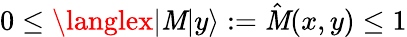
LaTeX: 0\le\langlex|\mathit{M}|y\rangle:=\hat{{\mathit{M}}}(x,y)\le1